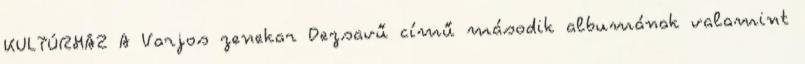
KULTÚRHÁZ A Varjos zenekar Dezsavű című második albumának valamint